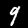
Label: 9